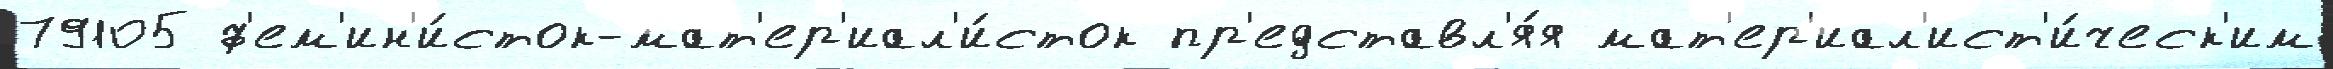
79105 ф'ем'ин'и́сток-мат'ер'иал'и́сток пр'едставл'я́я мат'ер'иал'ист'и́ческ'им